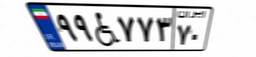
۱۷W۸۹۸۹۳